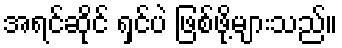
အရင်ဆိုင် ရှင်ပဲ ဖြစ်ဖို့များသည်။